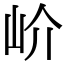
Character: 𡵚